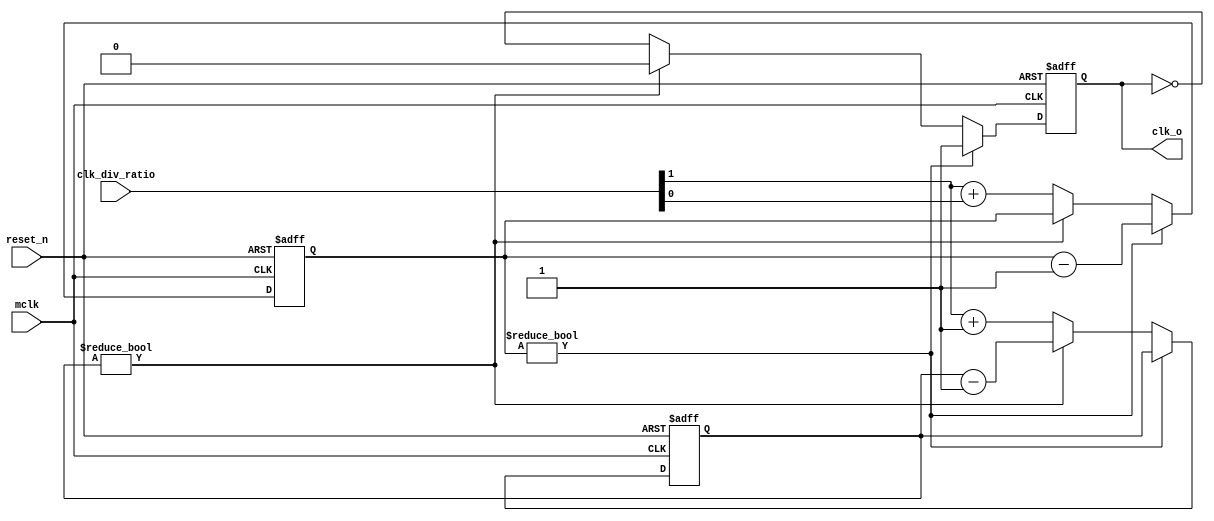
//////////////////////////////////////////////////////////////////////////////
// SPDX-FileCopyrightText: 2021 , Dinesh Annayya                          
// 
// Licensed under the Apache License, Version 2.0 (the "License");
// you may not use this file except in compliance with the License.
// You may obtain a copy of the License at
//
//      http://www.apache.org/licenses/LICENSE-2.0
//
// Unless required by applicable law or agreed to in writing, software
// distributed under the License is distributed on an "AS IS" BASIS,
// WITHOUT WARRANTIES OR CONDITIONS OF ANY KIND, either express or implied.
// See the License for the specific language governing permissions and
// limitations under the License.
// SPDX-License-Identifier: Apache-2.0
// SPDX-FileContributor: Created by Dinesh Annayya <dinesha@opencores.org>
////////////////////////////////////////////////////////////////////////
////                                                              ////
////  Tubo 8051 cores common library Module                       ////
////                                                              ////
////  This file is part of the Turbo 8051 cores project           ////
////  https://github.com/dineshannayya/yifive_r0.git              ////
////  http://www.opencores.org/cores/turbo8051/                   ////
////                                                              ////
////  Description                                                 ////
////  Turbo 8051 definitions.                                     ////
////                                                              ////
////  To Do:                                                      ////
////    nothing                                                   ////
////                                                              ////
////  Author(s):                                                  ////
////      - Dinesh Annayya, dinesha@opencores.org                 ////
////                                                              ////
////  Revision :                                                  ////
////      1.0    Mar 2, 2011,Dinesh.A                             ////
////              Initial Version                                 ////
////      1.1   Nov 15,2021,Dinesh A                              //// 
////            Bug fix in High and Low count width               ////
////                                                              ////
//////////////////////////////////////////////////////////////////////
////                                                              ////
//// Copyright (C) 2000 Authors and OPENCORES.ORG                 ////
////                                                              ////
//// This source file may be used and distributed without         ////
//// restriction provided that this copyright statement is not    ////
//// removed from the file and that any derivative work contains  ////
//// the original copyright notice and the associated disclaimer. ////
////                                                              ////
//// This source file is free software; you can redistribute it   ////
//// and/or modify it under the terms of the GNU Lesser General   ////
//// Public License as published by the Free Software Foundation; ////
//// either version 2.1 of the License, or (at your option) any   ////
//// later version.                                               ////
////                                                              ////
//// This source is distributed in the hope that it will be       ////
//// useful, but WITHOUT ANY WARRANTY; without even the implied   ////
//// warranty of MERCHANTABILITY or FITNESS FOR A PARTICULAR      ////
//// PURPOSE.  See the GNU Lesser General Public License for more ////
//// details.                                                     ////
////                                                              ////
//// You should have received a copy of the GNU Lesser General    ////
//// Public License along with this source; if not, download it   ////
//// from http://www.opencores.org/lgpl.shtml                     ////
////                                                              ////
//////////////////////////////////////////////////////////////////////

// #################################################################
// Module: clk_ctl
//
// Description:  Generic clock control logic , clk-out = mclk/(2+clk_div_ratio)
//
//  
// #################################################################


module clk_ctl (
   // Outputs
       clk_o,
   // Inputs
       mclk,
       reset_n, 
       clk_div_ratio 
   );

//---------------------------------
// CLOCK Default Divider value.
// This value will be change from outside
//---------------------------------
parameter  WD = 'h1;

//---------------------------------------------
// All the input to this block are declared here
// --------------------------------------------
   input        mclk          ;// 
   input        reset_n       ;// primary reset signal
   input [WD:0] clk_div_ratio ;// primary clock divide ratio
                               // output clock = selected clock / (div_ratio+1)
   
//---------------------------------------------
// All the output to this block are declared here
// --------------------------------------------
   output       clk_o             ; // clock out

               

//------------------------------------
// Clock Divide func is done here
//------------------------------------
reg  [WD:0]      high_count       ; // high level counter
reg  [WD:0]      low_count        ; // low level counter
reg              mclk_div         ; // divided clock


assign clk_o  = mclk_div;

always @ (posedge mclk or negedge reset_n)
begin // {
   if(reset_n == 1'b0) 
   begin 
      high_count  <= 'h0;
      low_count   <= 'h0;
      mclk_div    <= 'b0;
   end   
   else 
   begin 
      if(high_count != 0)
      begin // {
         high_count    <= high_count - 1;
         mclk_div      <= 1'b1;
      end   // }
      else if(low_count != 0)
      begin // {
         low_count     <= low_count - 1;
         mclk_div      <= 1'b0;
      end   // }
      else
      begin // {
         high_count    <= clk_div_ratio[WD:1] + clk_div_ratio[0];
         low_count     <= clk_div_ratio[WD:1] + 1;
         mclk_div      <= ~mclk_div;
      end   // }
   end   // }
end   // }


endmodule